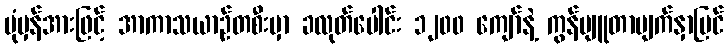
ပုံမှန်အားဖြင့် အာကာသယာဉ်တစီးမှာ ခလုတ်ပေါင်း ၁၂၀၀ ကျော်နဲ့ ကွန်ပျူတာမျက်နှာပြင်